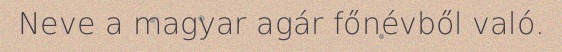
Neve a magyar agár főnévből való.